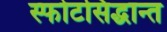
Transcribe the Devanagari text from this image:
स्फोटसिद्धान्त